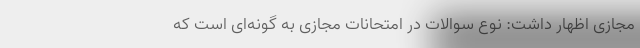
مجازی اظهار داشت: نوع سوالات در امتحانات مجازی به گونه‌ای است که